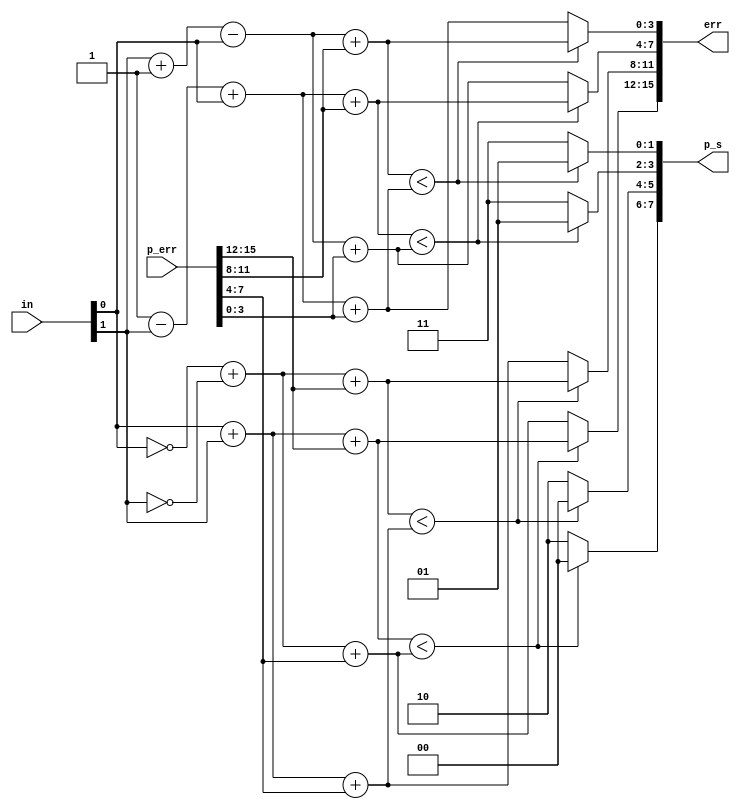
`timescale 1ns/1ns

module tracker(err, p_s, p_err, in);
    /* 
    This module convert a 2-bit input into a trackable record.
    Three tables are expected to be maintained:
        Error table [T, 4 * 4] error of each ending state of each step.
        Previous state table [T, 4 * 2] a mapping of each state and previous state.
    This module offers record to be recorded in the following 3 tables.
    */
    output [15:0] err; // accumulate error of each state
    output [7:0] p_s; // previous state
    input [15:0] p_err; // previous error
    input [1:0] in; // current input 2-bit code

    // unpack previous error
    wire [3:0] p_e0, p_e1, p_e2, p_e3;
    // state 00, bit 15:12
    assign p_e0 = p_err[15:12];
    // state 01, bit 11:8
    assign p_e1 = p_err[11:8];
    // state 10, bit 7:4
    assign p_e2 = p_err[7:4];
    // state 11, bit 3:0
    assign p_e3 = p_err[3:0];

    // compute error of current two inputs
    wire [1:0] e0, e1, e2, e3;
    assign e0 = in[0] + in[1]; // difference of 0 and input is number of 1 in input
    assign e1 = in[1] + 1 - in[0]; // difference of 1 and input
    assign e2 = 1 - in[1] + in[0]; // difference of 2 and input
    assign e3 = (~in[0]) + (~in[1]); // difference of 3 and input
    
    // accumulate error of each path
    // error from state x to state y is denoted as exy
    wire [3:0] e00, e01, e12, e13, e20, e21, e32, e33;
    assign e00 = e0 + p_e0; // path from 0 to 0 maps to output 0
    assign e01 = e3 + p_e0; // path from 0 to 1 maps to output 3
    assign e12 = e2 + p_e1; // path from 1 to 2 maps to output 2
    assign e13 = e1 + p_e1; // path from 1 to 3 maps to output 1
    assign e20 = e3 + p_e2; // path from 2 to 0 maps to output 3
    assign e21 = e0 + p_e2; // path from 2 to 1 maps to output 0
    assign e32 = e1 + p_e3; // path from 3 to 2 maps to output 1
    assign e33 = e2 + p_e3; // path from 3 to 3 maps to output 2

    // make a choice from previous states based on accumulated error
    wire [1:0] p_s0, p_s1, p_s2, p_s3;
    assign p_s0 = (e00 < e20)? 2'h0 : 2'h2;
    assign p_s1 = (e01 < e21)? 2'h0 : 2'h2;
    assign p_s2 = (e12 < e32)? 2'h1 : 2'h3;
    assign p_s3 = (e13 < e33)? 2'h1 : 2'h3;

    assign p_s = {p_s0, p_s1, p_s2, p_s3};

    // record corresponding path error
    wire [3:0] err0, err1, err2, err3;
    assign err0 = (e00 < e20)? e00 : e20;
    assign err1 = (e01 < e21)? e01 : e21;
    assign err2 = (e12 < e32)? e12 : e32;
    assign err3 = (e13 < e33)? e13 : e33;

    assign err = {err0, err1, err2, err3};

endmodule